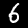
Label: 6